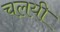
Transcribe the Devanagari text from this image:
चलयी